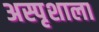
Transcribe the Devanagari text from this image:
अस्पृशाला